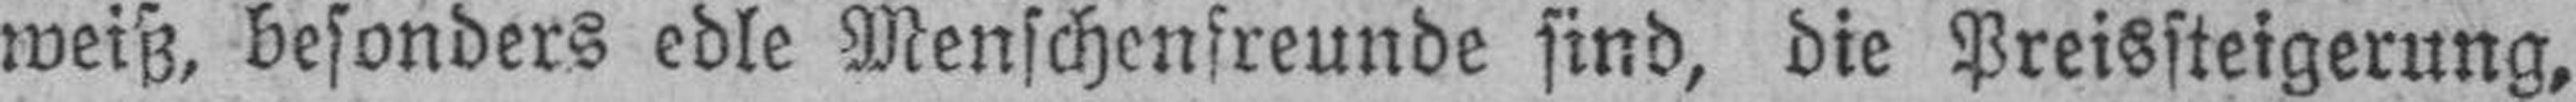
weiß, besonders edle Menschenfreunde sind, die Preissteigerung,